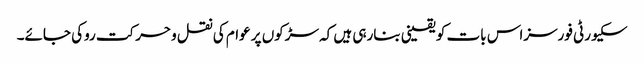
سکیورٹی فورسزاس بات کو یقینی بنارہی ہیں کہ سڑکوں پر عوام کی نقل وحرکت روکی جائے۔